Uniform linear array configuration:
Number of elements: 24
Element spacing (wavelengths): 1
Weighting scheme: hann
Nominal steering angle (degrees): -60
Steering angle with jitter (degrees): -61.092
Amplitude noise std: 0.05
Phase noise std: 0.05

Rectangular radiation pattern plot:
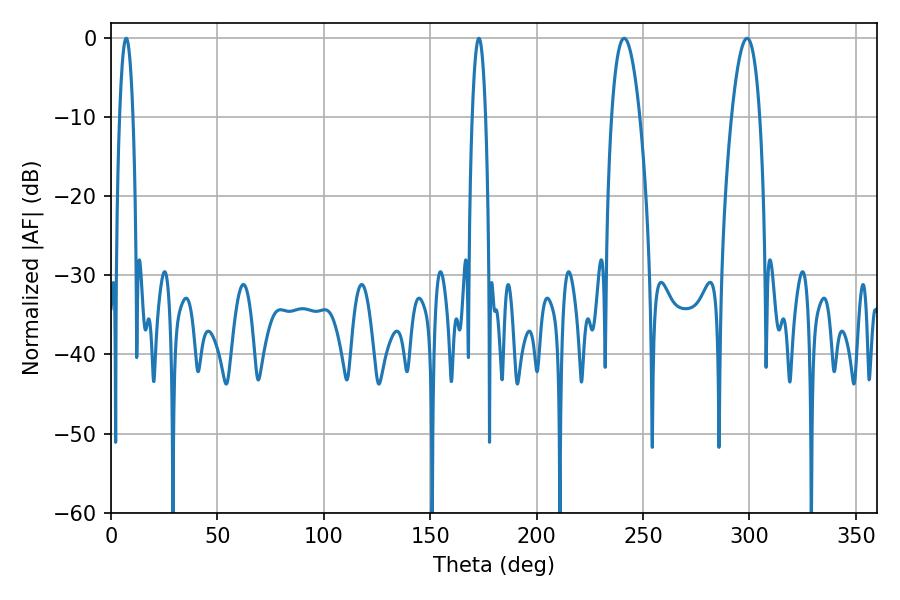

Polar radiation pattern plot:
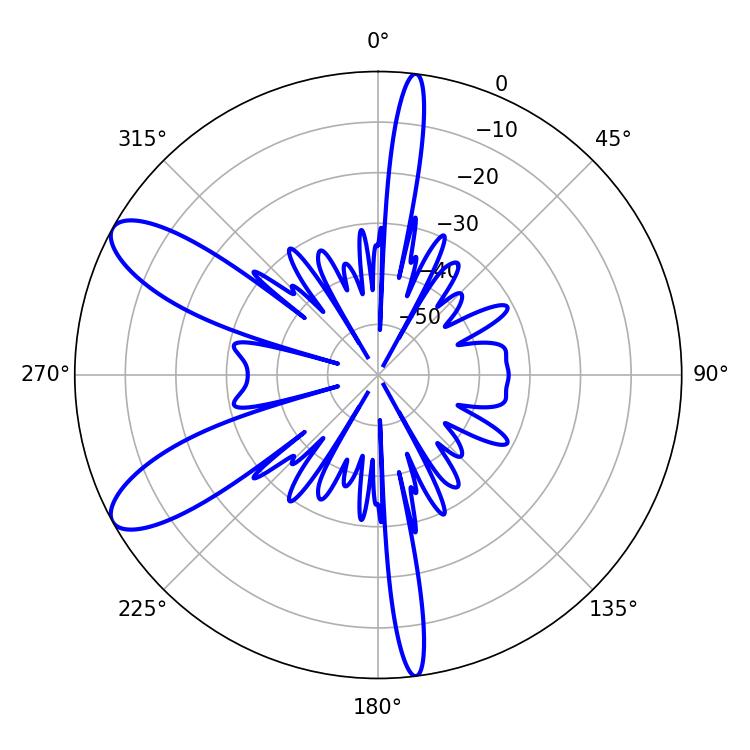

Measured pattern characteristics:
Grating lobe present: TRUE
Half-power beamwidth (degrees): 7.38
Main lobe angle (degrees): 298.8